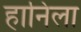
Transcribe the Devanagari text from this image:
हानिला